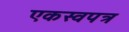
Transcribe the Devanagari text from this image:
एकस्वपत्र